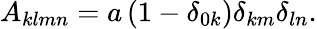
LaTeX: A_{klmn}=a\left(1-\delta_{0k}\right)\delta_{km}\delta_{ln}.